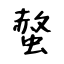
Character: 螫